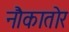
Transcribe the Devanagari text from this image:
नौकातोर